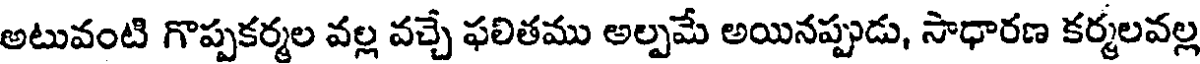
అటువంటి గొప్పకర్మల వల్ల వచ్చే ఫలితము అల్పమే అయినప్పుడు, సాధారణ కర్మలవల్ల